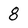
Character: 8